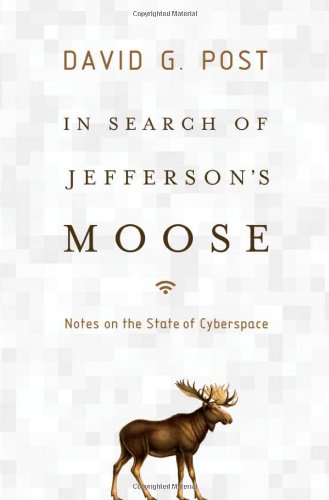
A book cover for In Search of Jefferson's Moose: Notes on the State of Cyberspace; David G. Post; Law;